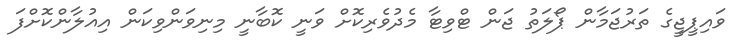
ވައިޕީޖީގެ ތަރުޖަމާން ޕޯލަތު ޖަން ޓްވިޓާ މެދުވެރިކޮށް ވަނީ ކޮބާނީ މިނިވަންވިކަން އިއުލާންކޮށްފަ